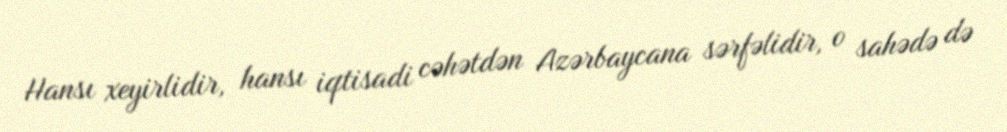
Hansı xeyirlidir, hansı iqtisadi cəhətdən Azərbaycana sərfəlidir, o sahədə də